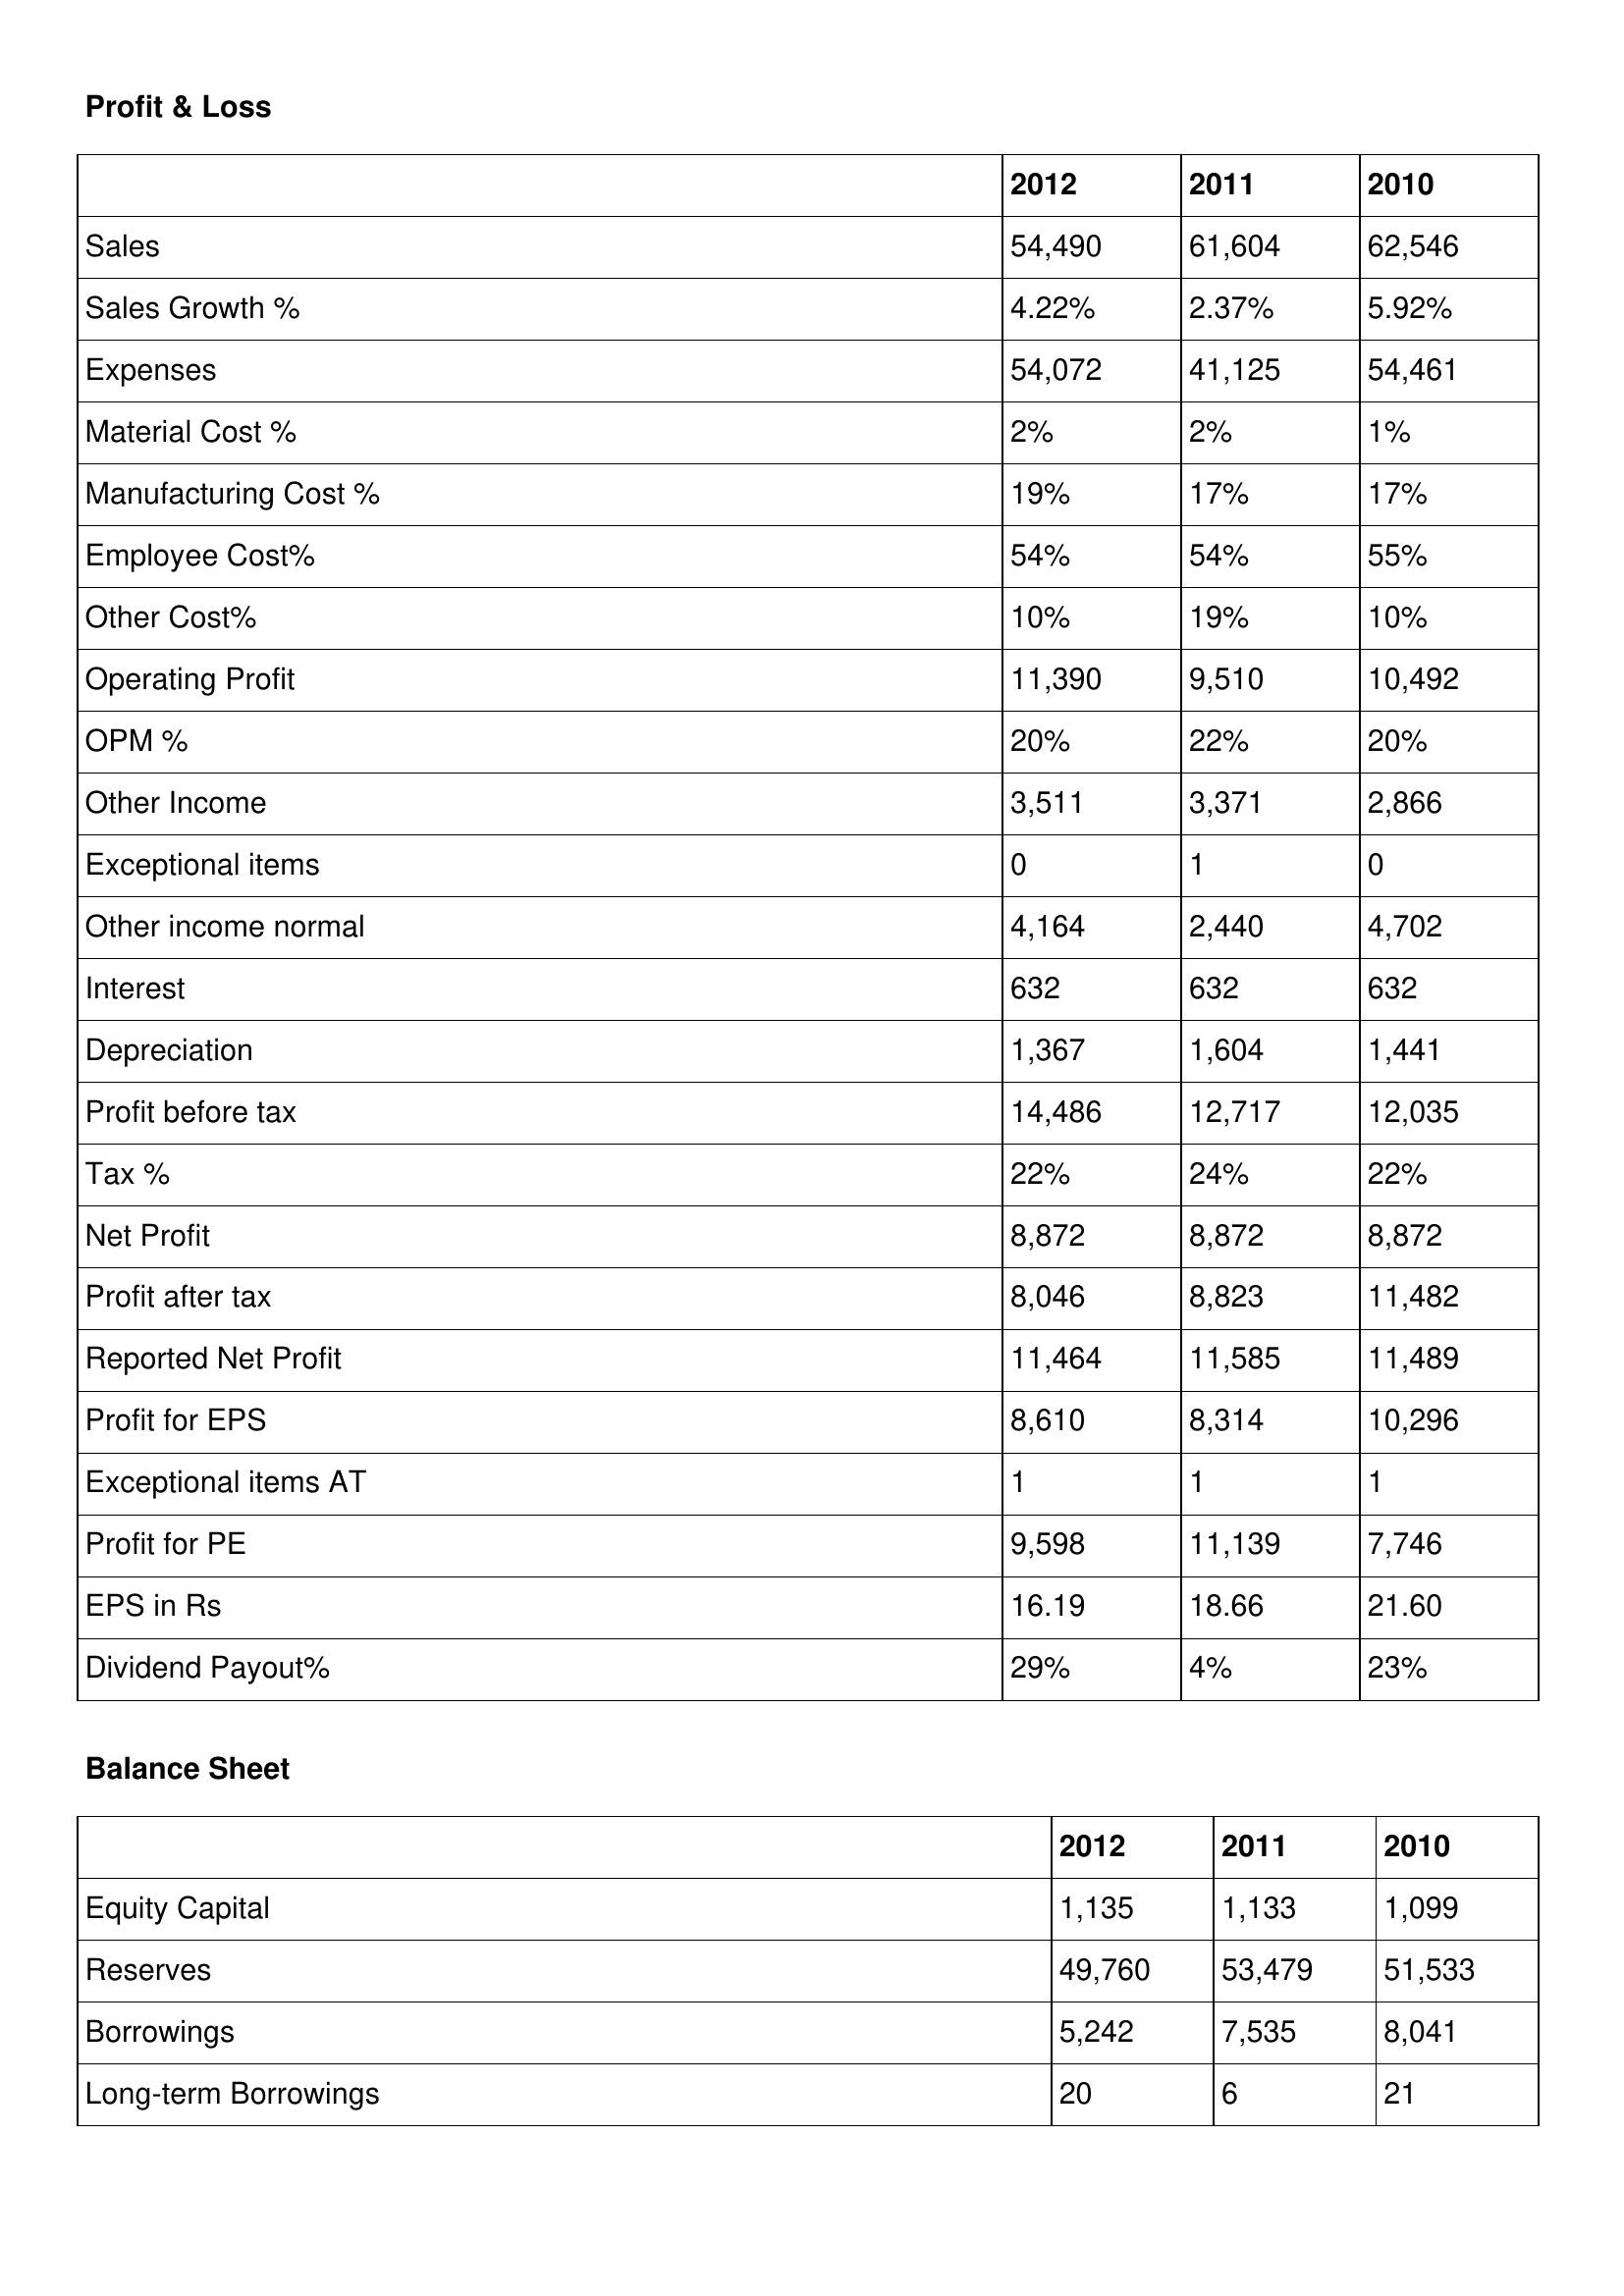
gt_parse: 2012: Profit & Loss: Sales: 54,490
Sales Growth %: 4.22%
Expenses: 54,072
Material Cost %: 2%
Manufacturing Cost %: 19%
Employee Cost%: 54%
Other Cost%: 10%
Operating Profit: 11,390
OPM %: 20%
Other Income: 3,511
Exceptional items: 0
Other income normal: 4,164
Interest: 632
Depreciation: 1,367
Profit before tax: 14,486
Tax %: 22%
Net Profit: 8,872
Profit after tax: 8,046
Reported Net Profit: 11,464
Profit for EPS: 8,610
Exceptional items AT: 1
Profit for PE: 9,598
EPS in Rs: 16.19
Dividend Payout%: 29%
Balance Sheet: Equity Capital: 1,135
Reserves: 49,760
Borrowings: 5,242
Long-term Borrowings: 20
2011: Profit & Loss: Sales: 61,604
Sales Growth %: 2.37%
Expenses: 41,125
Material Cost %: 2%
Manufacturing Cost %: 17%
Employee Cost%: 54%
Other Cost%: 19%
Operating Profit: 9,510
OPM %: 22%
Other Income: 3,371
Exceptional items: 1
Other income normal: 2,440
Interest: 632
Depreciation: 1,604
Profit before tax: 12,717
Tax %: 24%
Net Profit: 8,872
Profit after tax: 8,823
Reported Net Profit: 11,585
Profit for EPS: 8,314
Exceptional items AT: 1
Profit for PE: 11,139
EPS in Rs: 18.66
Dividend Payout%: 4%
Balance Sheet: Equity Capital: 1,133
Reserves: 53,479
Borrowings: 7,535
Long-term Borrowings: 6
2010: Profit & Loss: Sales: 62,546
Sales Growth %: 5.92%
Expenses: 54,461
Material Cost %: 1%
Manufacturing Cost %: 17%
Employee Cost%: 55%
Other Cost%: 10%
Operating Profit: 10,492
OPM %: 20%
Other Income: 2,866
Exceptional items: 0
Other income normal: 4,702
Interest: 632
Depreciation: 1,441
Profit before tax: 12,035
Tax %: 22%
Net Profit: 8,872
Profit after tax: 11,482
Reported Net Profit: 11,489
Profit for EPS: 10,296
Exceptional items AT: 1
Profit for PE: 7,746
EPS in Rs: 21.60
Dividend Payout%: 23%
Balance Sheet: Equity Capital: 1,099
Reserves: 51,533
Borrowings: 8,041
Long-term Borrowings: 21